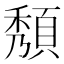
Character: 頺